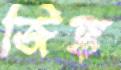
জিঙ্ক